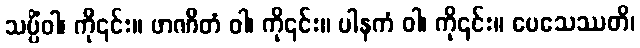
သပ္ပိံဝါ၊ ကို၎င်း။ ဖာဏိတံ ဝါ၊ ကို၎င်း။ ပါနကံ ဝါ၊ ကို၎င်း။ ပေသေဿတိ၊